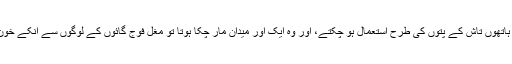
جب گائوں کے سارے سردار، بابے اور بابو، چوہدری شرفو کے ہاتھوں تاش کے پتوں کی طرح استعمال ہو چکتے، اور وہ ایک اور میدان مار چکا ہوتا تو مغل فوج گائوں کے لوگوں سے انکے خون پسینے کا خراج اپنے کوٹے کی شکل میں وصول کر چکی ہوتی۔